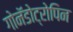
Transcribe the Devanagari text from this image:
गोनॅडोट्रोपिन